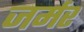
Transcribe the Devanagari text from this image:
जर्मर